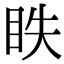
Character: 眣